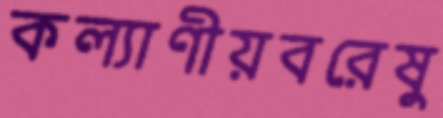
কল্যাণীয়বরেষু